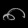
Digit: ၈